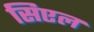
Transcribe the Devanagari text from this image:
सिएल